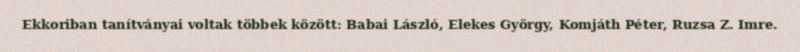
Ekkoriban tanítványai voltak többek között: Babai László, Elekes György, Komjáth Péter, Ruzsa Z. Imre.